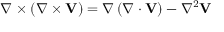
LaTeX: \nabla \times \left( \nabla \times \mathbf { V } \right) = \nabla \left( \nabla \cdot \mathbf { V } \right) - \nabla ^ { 2 } \mathbf { V }